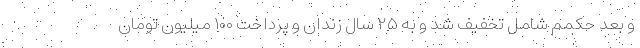
و بعد حکمم شامل تخفیف شد و به ۲۵ سال زندان و پرداخت ۱۰۰ میلیون تومان